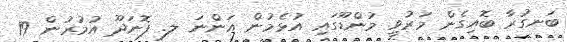
ބަނގުރާ ބޮއިގެން މަރުވީ މުންޑޫގައި އުޅެމުން އަންނަ ލ. ފޮނަދޫ އުމުރުން 19